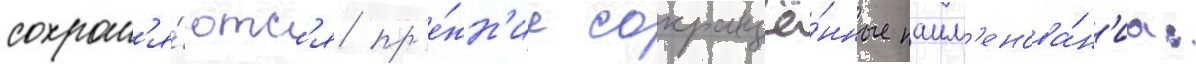
сохран'я́ютс'я пр'е́жн'ие сокращё́нные наим'енова́н'иа: